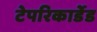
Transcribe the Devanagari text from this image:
टेपरिकार्डेड